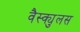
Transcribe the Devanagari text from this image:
वैस्क्युलस